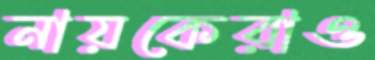
নায়কেরাও